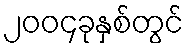
၂၀၀၄ခုနှစ်တွင်